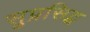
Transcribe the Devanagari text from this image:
सुप्रसिद्व